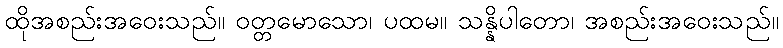
ထိုအစည်းအဝေးသည်။ ဝတ္တမောသော၊ ပထမ။ သန္နိပါတော၊ အစည်းအဝေးသည်။